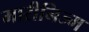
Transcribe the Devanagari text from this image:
मारीनिज्म